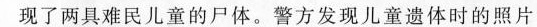
现了两具难民儿童的尸体。警方发现儿童遗体时的照片